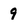
Character: 9